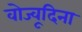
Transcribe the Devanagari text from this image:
वोज्वूदिना